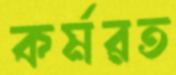
কর্মরত